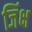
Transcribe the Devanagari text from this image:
जिंक्ष